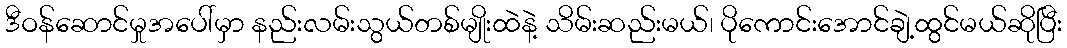
ဒီဝန်ဆောင်မှုအပေါ်မှာ နည်းလမ်းသွယ်တစ်မျိုးထဲနဲ့ သိမ်းဆည်းမယ်၊ ပိုကောင်းအောင်ချဲ့ထွင်မယ်ဆိုပြီး